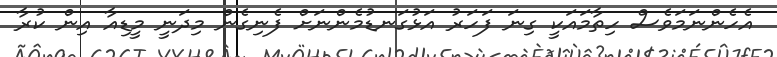
އެހެންނަމަވެސް ހިތާމައަކީ ގިނަ ފަހަރު އަޅުގަނޑުމެންނަށް ފެނިގެން މިދަނީ މީޑިއާ އިން ކުރާ